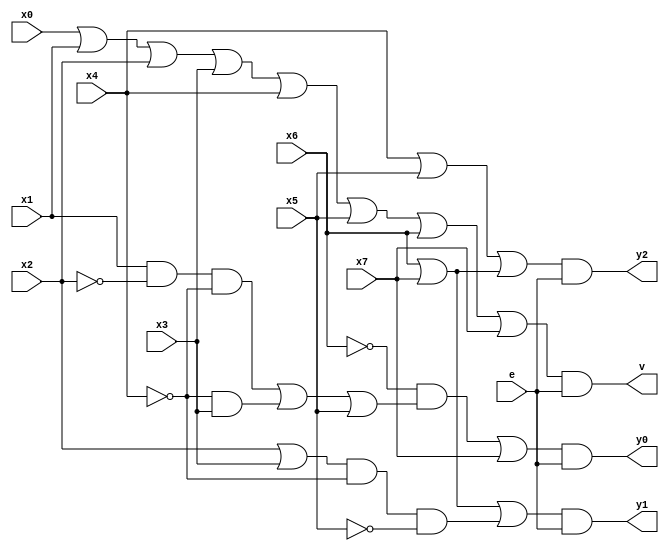
`timescale 1ns / 1ps
//////////////////////////////////////////////////////////////////////////////////
// Company: 
// Engineer: 
// 
// Design Name: 
// Module Name:    priority_encoder 
// Project Name: 
// Target Devices: 
// Tool versions: 
// Description: 
//
// Dependencies: 
//
// Revision: 
// Revision 0.01 - File Created
// Additional Comments: 
//
//////////////////////////////////////////////////////////////////////////////////
module priority_encoder(y0,y1,y2,v,e,x0,x1,x2,x3,x4,x5,x6,x7);
input x0,x1,x2,x3,x4,x5,x6,x7,e;
output y0,y1,y2,v;
wire w_1 , w_2 ,w_3,w_4,w_5,w_6,w_7,w_8,w_9,w_10,w_11,w_12,w_13,w_14,w_15,w_16,w_17,w_18,w_19,w_20,w_21,w_22;
and (w_1,~x4,x3);
and (w_2,x1,~x2);
and (w_3,w_2,~x4);
or (w_4,w_3,w_1);
or (w_5,w_4,x5);
and (w_6,~x6,w_5);
or (w_13,w_6,x7);
and (y0,w_13,e);
or (w_7,x2,x3);
and (w_8,w_7,~x4);
and (w_9,w_8,~x5);
or (w_10,x6,x7);
or (w_14,w_10,w_9);
and (y1,w_14,e);
or (w_11,x4,x5);
or (w_12,x6,x7);
or (w_15,w_11,w_12);
and (y2,w_15,e);
or (w_16,x0,x1);
or (w_17 , w_16 ,x2);
or ( w_18 , w_17 , x3);
or ( w_19 , w_18 , x4);
or ( w_20 , w_19 , x5);
or ( w_21 , w_20 , x6);
or ( w_22 , w_21 , x7);
and (v , w_22 , e);
endmodule